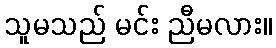
သူမသည် မင်း ညီမလား။